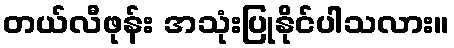
တယ်လီဖုန်း အသုံးပြုနိုင်ပါသလား။